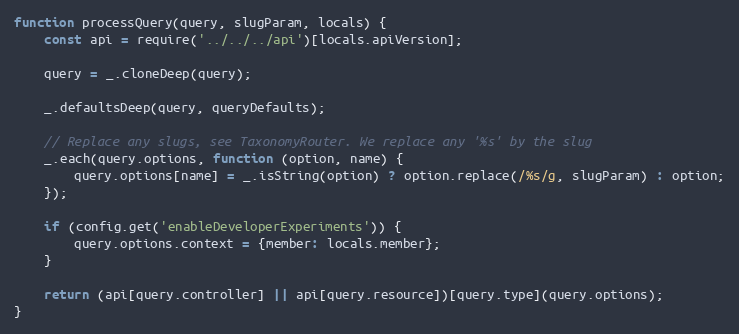
Language: JavaScript
function processQuery(query, slugParam, locals) {
    const api = require('../../../api')[locals.apiVersion];

    query = _.cloneDeep(query);

    _.defaultsDeep(query, queryDefaults);

    // Replace any slugs, see TaxonomyRouter. We replace any '%s' by the slug
    _.each(query.options, function (option, name) {
        query.options[name] = _.isString(option) ? option.replace(/%s/g, slugParam) : option;
    });

    if (config.get('enableDeveloperExperiments')) {
        query.options.context = {member: locals.member};
    }

    return (api[query.controller] || api[query.resource])[query.type](query.options);
}